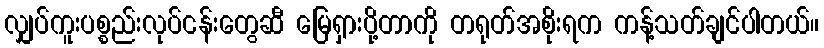
လျှပ်ကူးပစ္စည်းလုပ်ငန်းတွေဆီ မြေရှားပို့တာကို တရုတ်အစိုးရက ကန့်သတ်ချင်ပါတယ်။